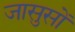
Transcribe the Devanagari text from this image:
जासुसों